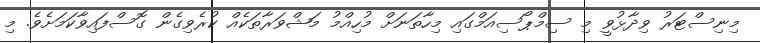
މިނިސްޓަރު ވިދާޅުވީ މި ސިމްޕޯސިއަމްގައި މިހާތަނަށް މުހިއްމު މަޝްވަރާތަކެއް ކުރެވިގެން ގޮސްފައިވާކަމަށެވެ. މި